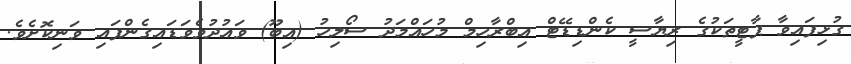
ގުޅިފައިވާ ޕާޓީތަކުގެ ރިޔާސީ ކެންޑިޑޭޓް އިބްރާހިމް މުހައްމަދު ސޯލިހު (އިބޫ) ވައުދުވެވަޑައިގެންފައި ވަނިކޮށެވެ.